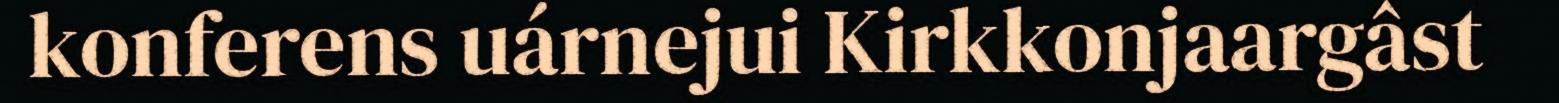
konferens uárnejui Kirkkonjaargâst